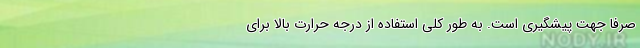
صرفاً جهت پیشگیری است. به طور کلی استفاده از درجه حرارت بالا برای